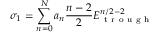
\sigma _ { 1 } = \sum _ { n = 0 } ^ { N } a _ { n } \frac { n - 2 } { 2 } E _ { \mathrm { ~ t ~ r ~ o ~ u ~ g ~ h ~ } } ^ { n / 2 - 2 }